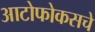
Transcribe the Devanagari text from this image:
आटोफोकसचे